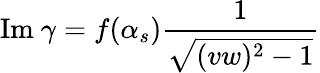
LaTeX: \mathrm{Im~}\gamma=f(\alpha_{s})\frac{1}{\sqrt{(vw)^{2}-1}}